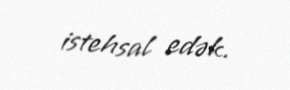
istehsal edək.